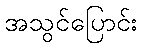
အသွင်ပြောင်း